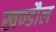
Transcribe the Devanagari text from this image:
खण्डौल